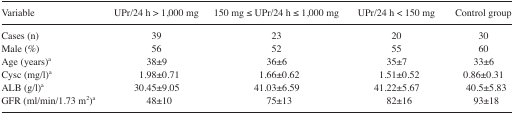
<table><thead><tr><td><b>Variable</b></td><td><b>UPr/24 h &gt; 1,000 mg</b></td><td><b>150 mg ≤ UPr/24 h ≤ 1,000 mg</b></td><td><b>UPr/24 h &lt; 150 mg</b></td><td><b>Control group</b></td></tr></thead><tbody><tr><td>Cases (n)</td><td>39</td><td>23</td><td>20</td><td>30</td></tr><tr><td>Male (%)</td><td>56</td><td>52</td><td>55</td><td>60</td></tr><tr><td>Age (years)<sup>a</sup></td><td>38±9</td><td>36±6</td><td>35±7</td><td>33±6</td></tr><tr><td>Cysc (mg/l)<sup>a</sup></td><td>1.98±0.71</td><td>1.66±0.62</td><td>1.51±0.52</td><td>0.86±0.31</td></tr><tr><td>ALB (g/l)<sup>a</sup></td><td>30.45±9.05</td><td>41.03±6.59</td><td>41.22±5.67</td><td>40.5±5.83</td></tr><tr><td>GFR (ml/min/1.73 m<sup>2</sup>)<sup>a</sup></td><td>48±10</td><td>75±13</td><td>82±16</td><td>93±18</td></tr></tbody></table>